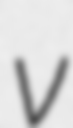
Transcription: v